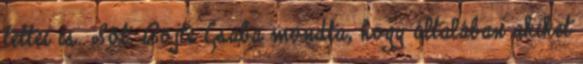
tettei is. Sőt. Böjte Csaba mondta, hogy általában akiket